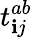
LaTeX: t_{\mathbf{i}j}^{ab}